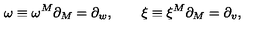
\omega \equiv \omega ^ { M } \partial _ { M } = \partial _ { w } , \qquad \xi \equiv \xi ^ { M } \partial _ { M } = \partial _ { v } ,